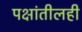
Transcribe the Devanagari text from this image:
पक्षांतीलही